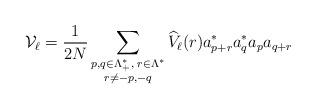
LaTeX: \begin{align*}\mathcal{V}_\ell=\frac{1}{2N}\sum_{\substack{p,q \in \Lambda_+^*,\; r\in \Lambda^*\\r \ne -p,-q}} \widehat V_\ell(r) a^*_{p+r}a^*_q a_p a_{q+r}\end{align*}